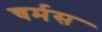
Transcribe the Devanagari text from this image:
चर्मस